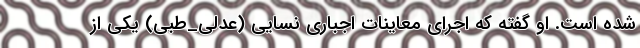
شده است. او گفته که اجرای معاینات اجباری نسایی (عدلی_طبی) یکی از